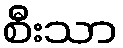
စီးသာ